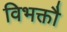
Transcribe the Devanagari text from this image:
विभक्तौ